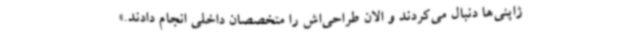
ژاپنی‌ها دنبال می‌کردند و الان طراحی‌اش را متخصصان داخلی انجام دادند.»